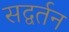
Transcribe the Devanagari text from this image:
सद्वर्तन